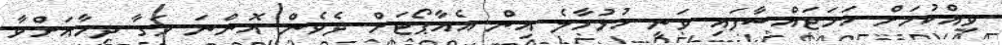
ވިއްކުމަށް ހަމަޖައްސާފައި ވަނީ ހުޅުމާލެ އިން އެއާޕޯޓަށް ދެވެން އޮންނަ މަގާ ދިމާއަށްވާ